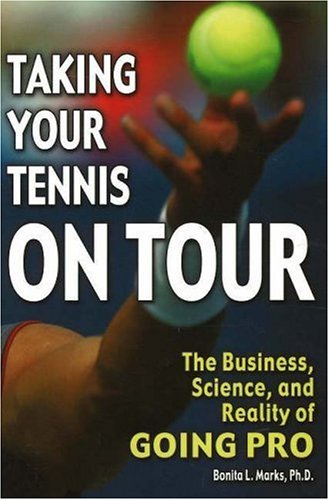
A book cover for Taking Your Tennis on Tour: The Business, Science, and Reality of Going Pro; Bonita L. Marks PhD; Sports & Outdoors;